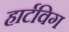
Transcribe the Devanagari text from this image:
हार्टविग